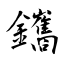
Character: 鑴